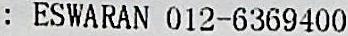
: ESWARAN 012-6369400